NAE_ERA_R-1765_ENSV_Kirjanike_Liit_1945-1955, lk 4
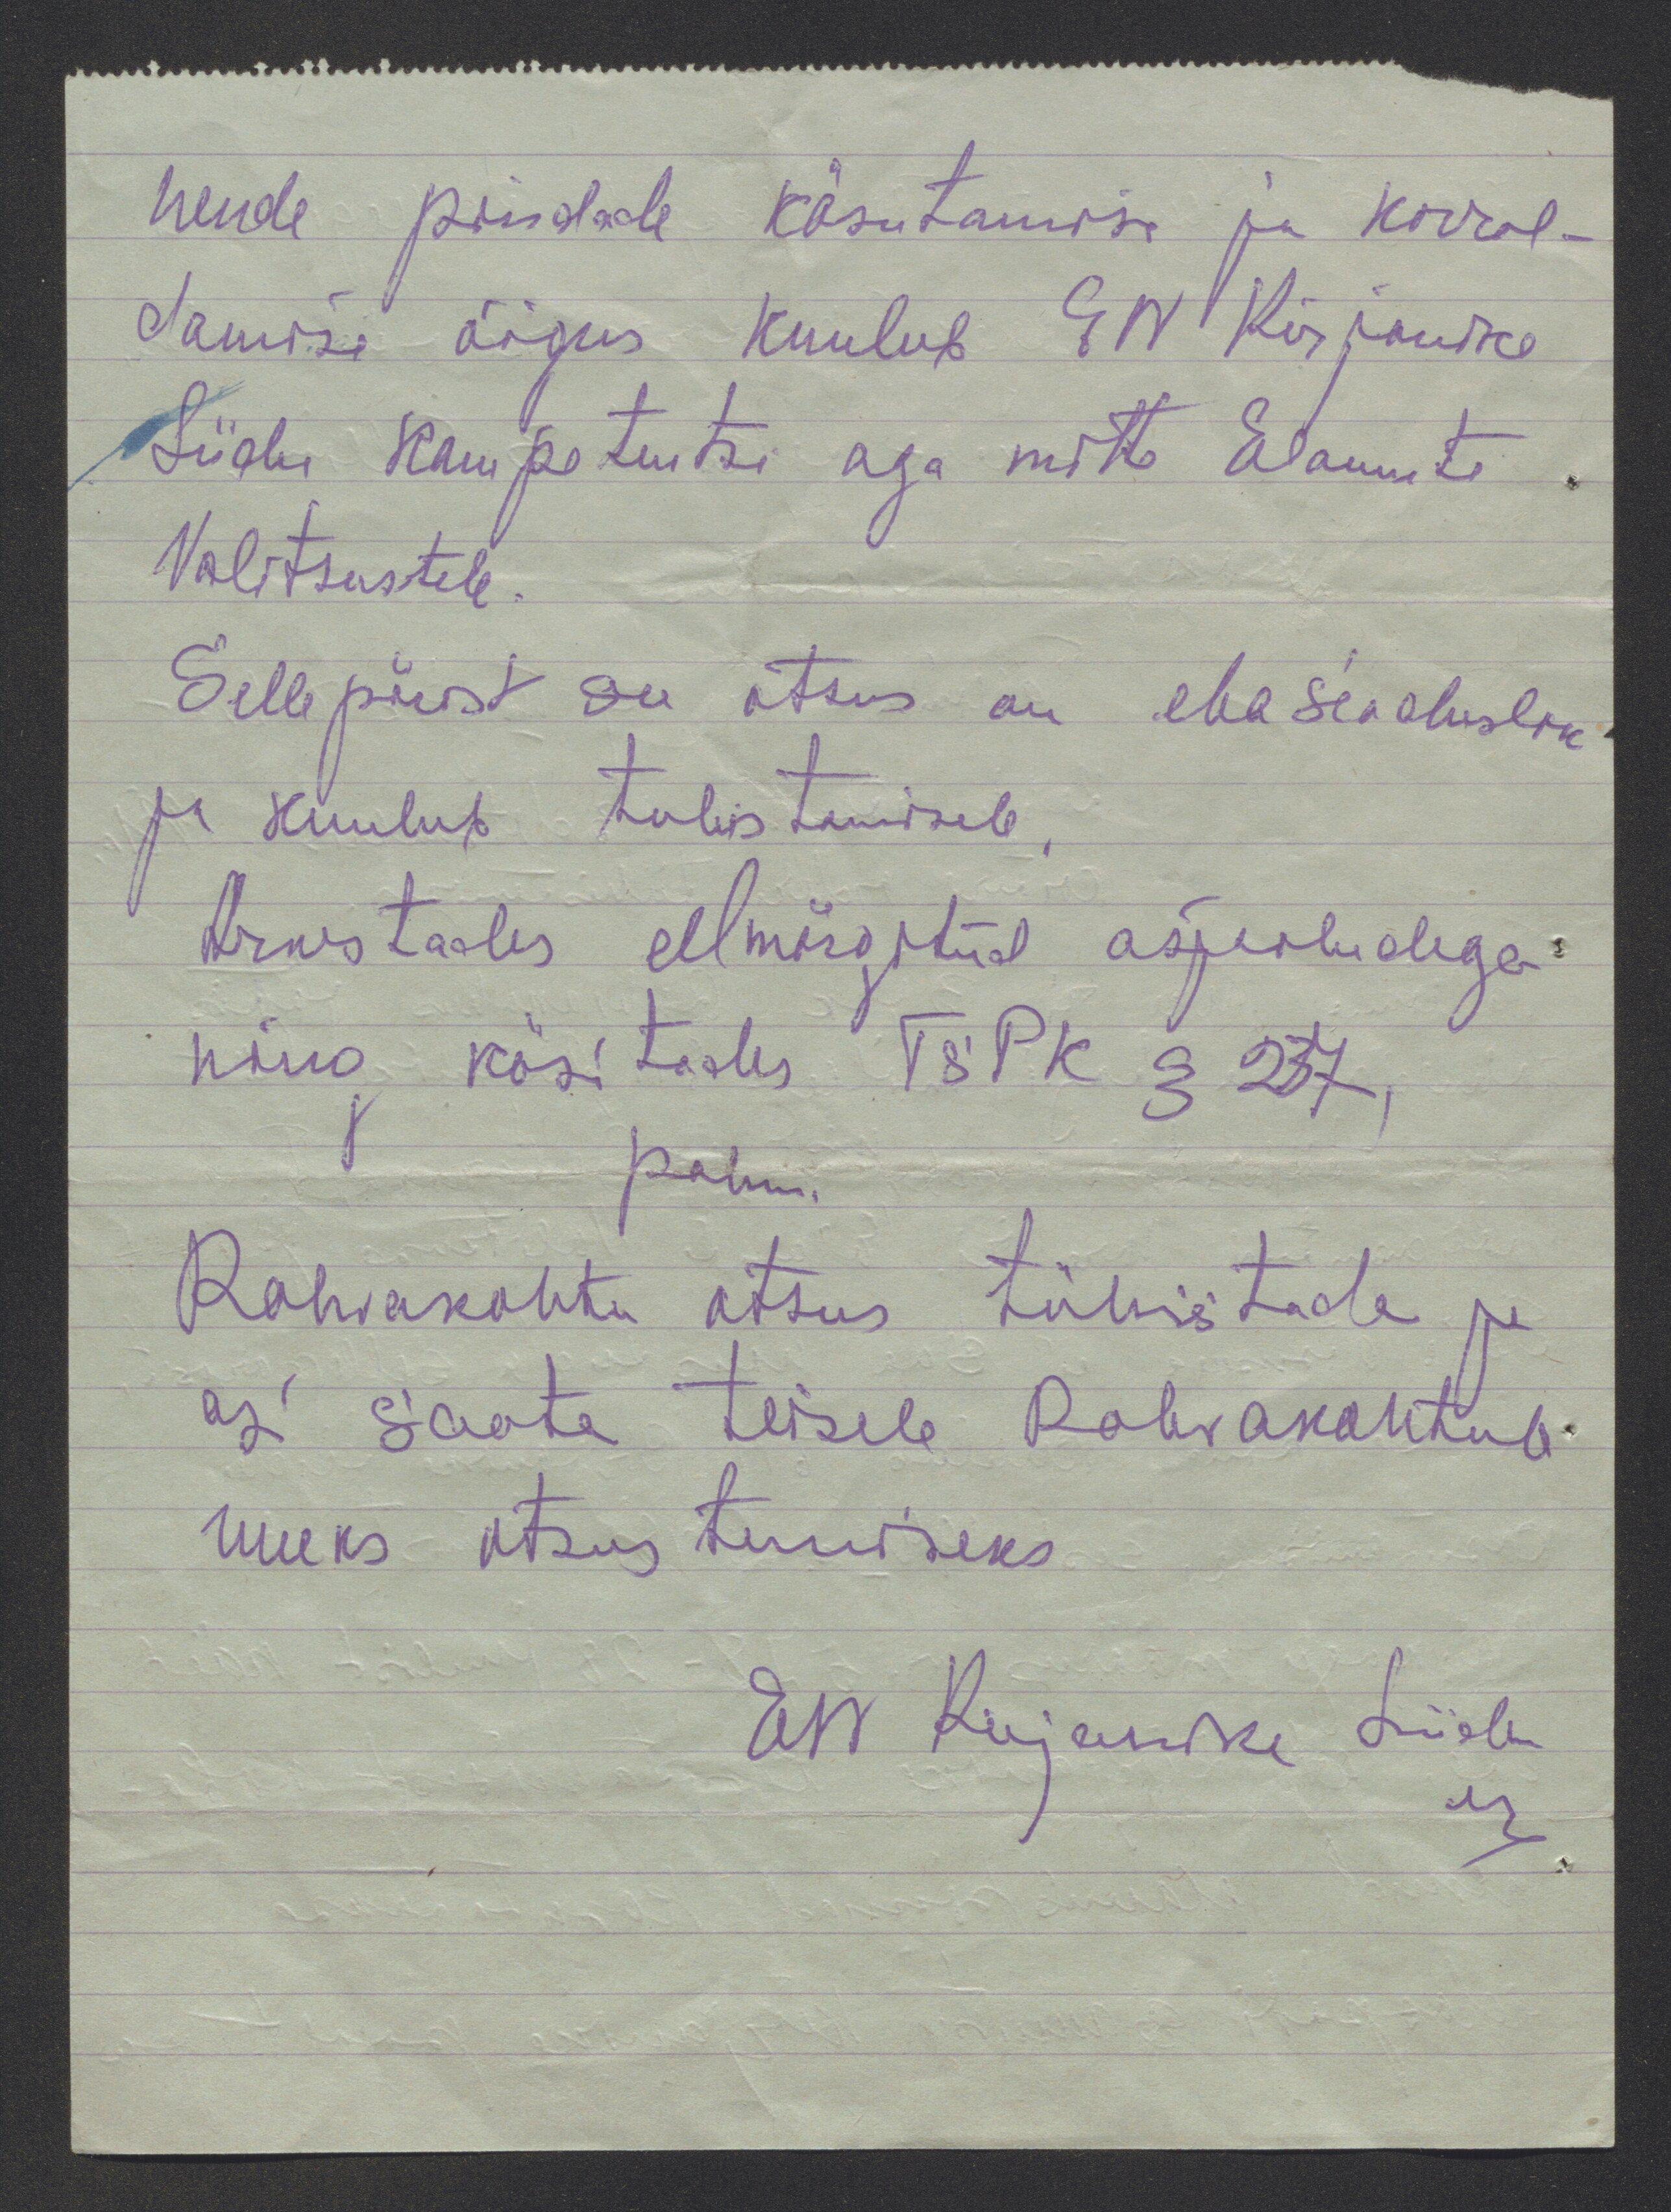
nende pindade käsutamine ja korral-
damise õigus kuulub EN Kirjanike
Liidu kompetentsi aga mitte Elamute
Valitsustele
Selle pärast see otsus on ebaseaduslik
ja kuulub tuhistamisele
Arvestades eelmärgitud asjaoludega
ning käsitades TSPK § 237
Rahvakohtu otsus tühistada ja
asi saate teisele Rahvakohtule
uueks otsustamiseks